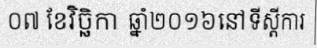
០៧ ខែវិច្ឆិកា ឆ្នាំ២០១៦នៅទីស្តីការ